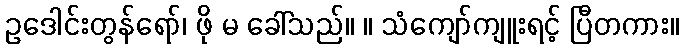
ဥဒေါင်းတွန်ရော်၊ ဖို မ ခေါ်သည်။ ။ သံကျော်ကျူးရင့် ပြီတကား။